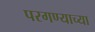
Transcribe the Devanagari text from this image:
परगण्याच्या